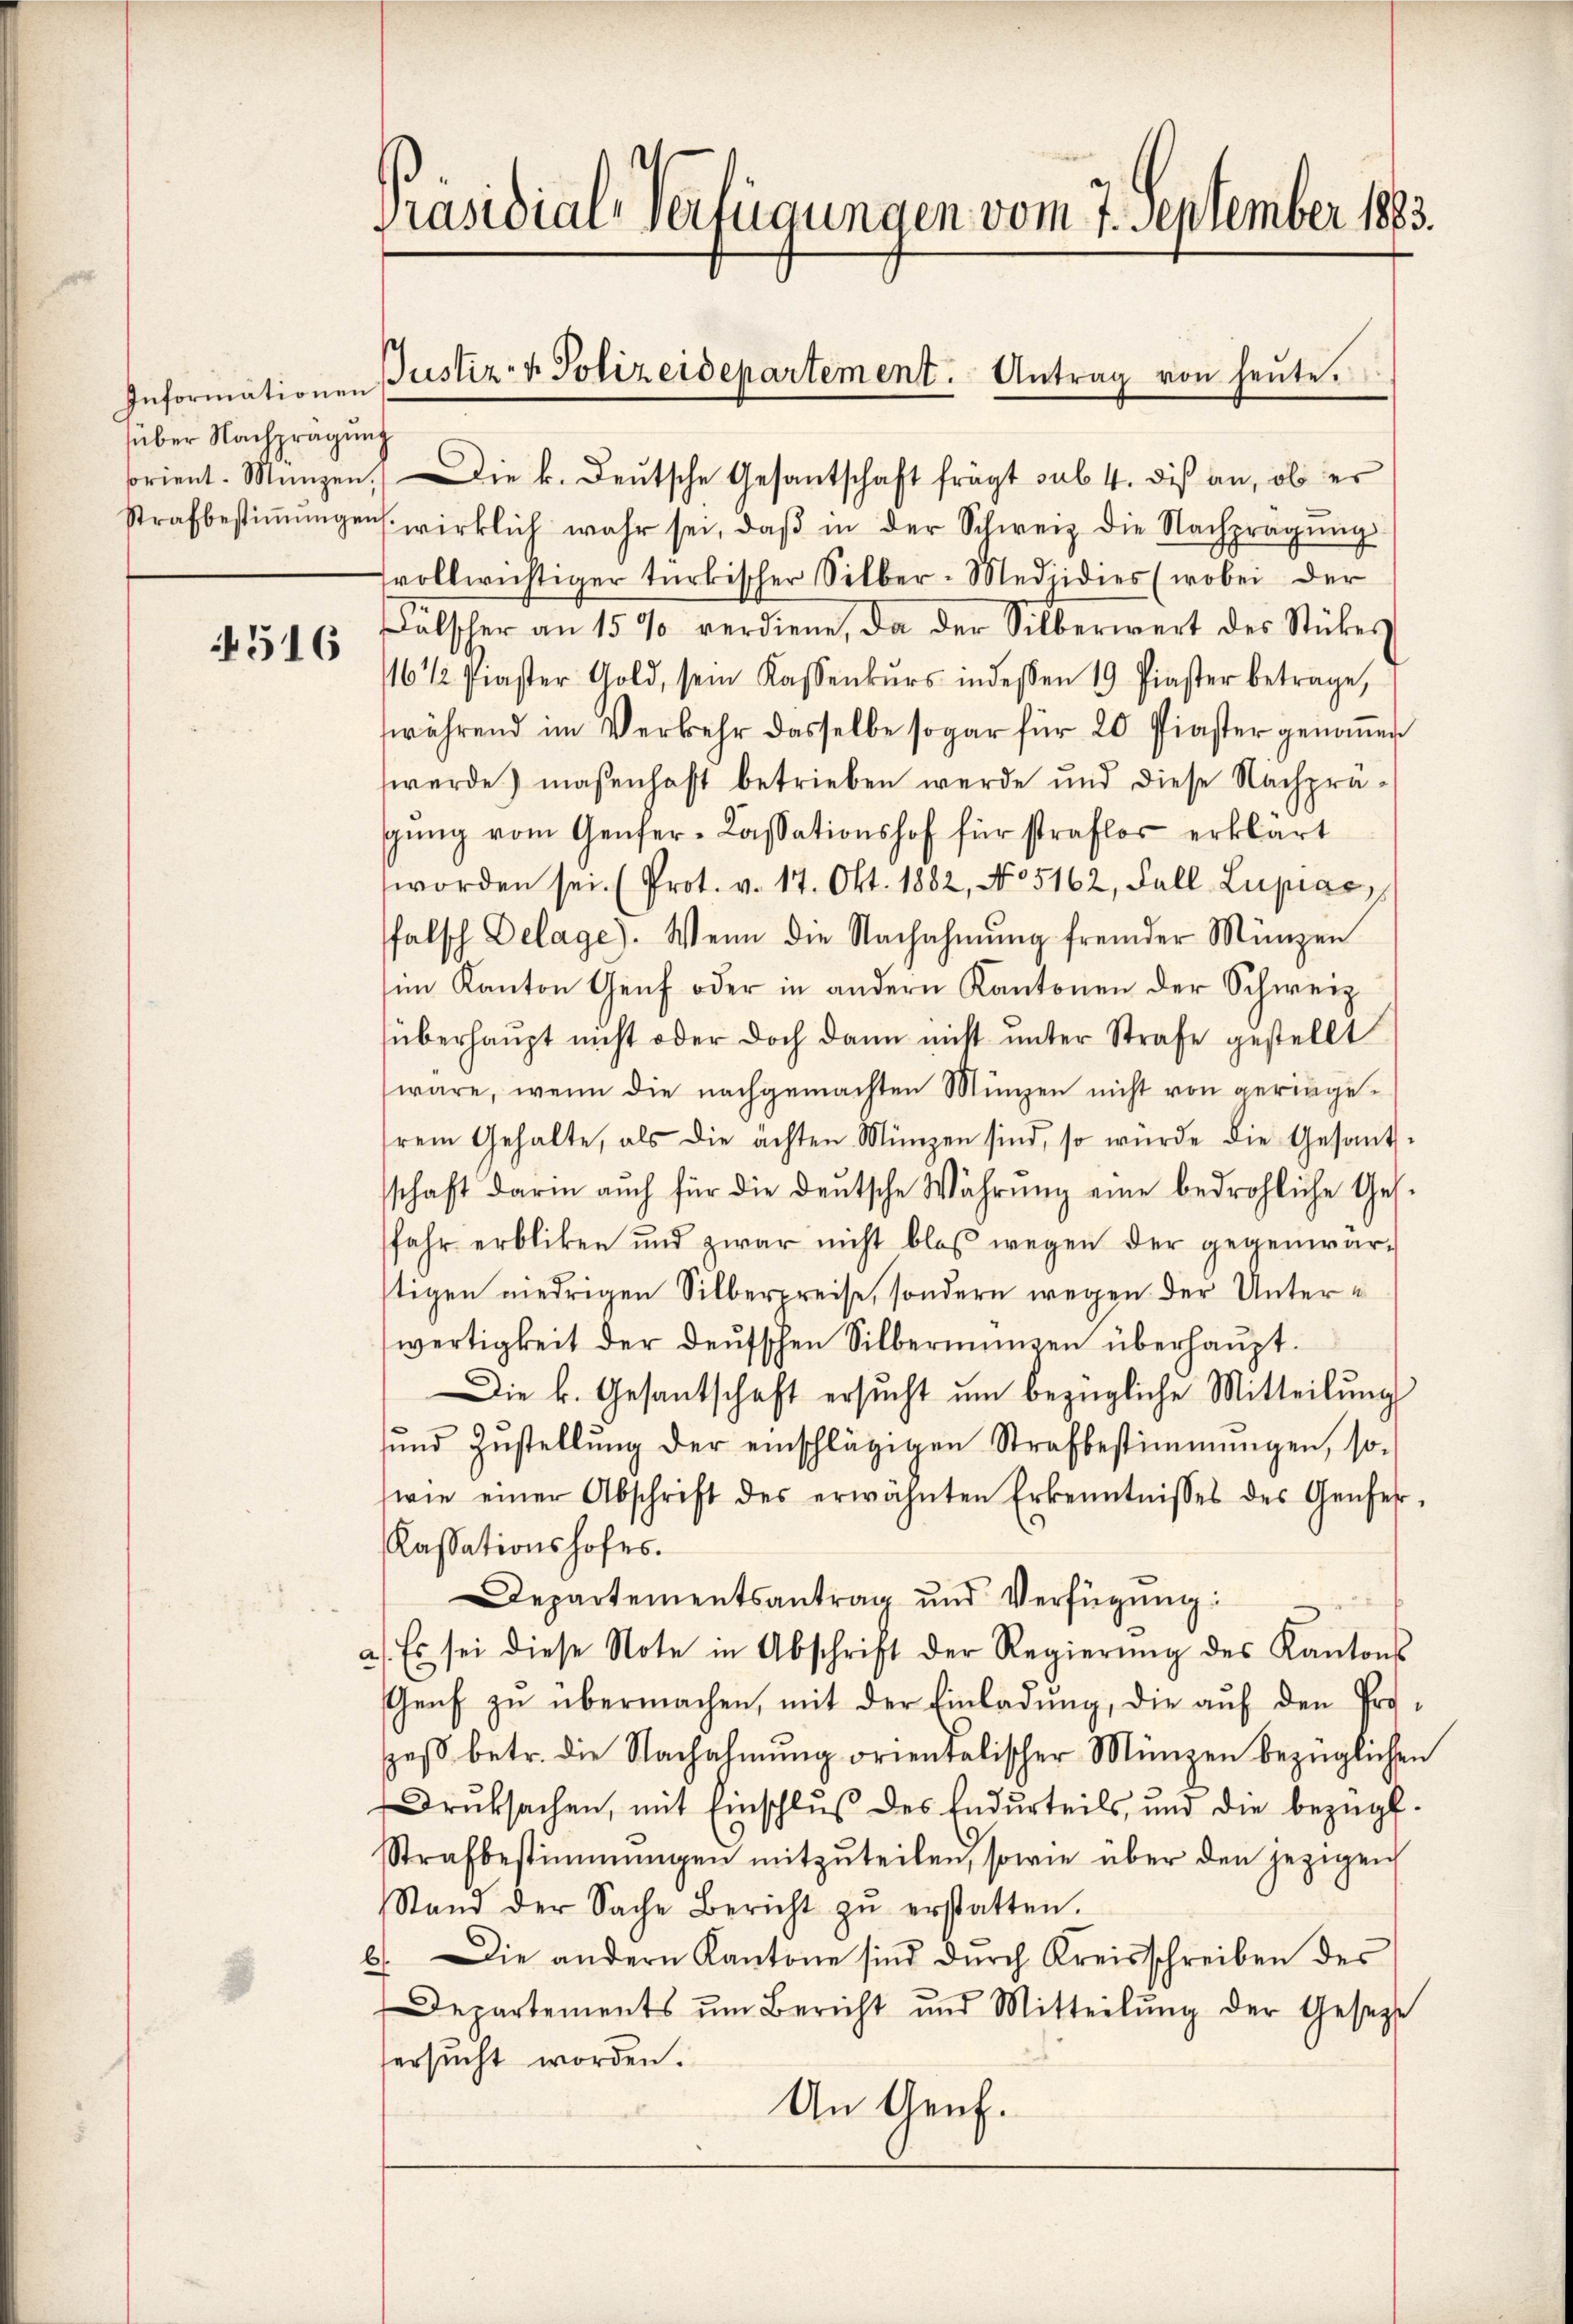
Informationen
süber Nachprägung

4516

Präsidial-Verfügungen vom 7. September 1883.

sorient. Münzen. Die k. deŭtsche Gesantschaft frägt sub 4. di an, ob er
Strafbestiṁŭngen wirklich wahr sei, daβ in der Schweiz die Nachprägŭng
vollwichtiger türkischer Silber-Medzidies (wobei der
alscher an 15 % verdiene, da der Silberwert des Stückes
/16 1/2 Praster Gold, sein Kassenkŭrs indeßen 19 Piaster betrage,
während im Verkehr dasselbe sogar für 20 Piaster genoṁen
werde) maßenhaft betrieben werde und diese Nachpragŭng vom Genfer-Cassationshof für straflos erklärt
worden sei. (Prot. v. 17. Okt. 1882, No 5162, Fall Lupiae,
falsch Delage). Wenn die Nachahmung fremder Münzen
im Kanton Genf oder in andern Kantonen der Schweiz
überhaupt nicht oder doch dann nicht ŭnter Strafe gestellt
wäre, wenn die nachgemachten Münzen nicht von geringerem Gehalte, als die ächten Münzen sind, so würde die Gesant-
schaft darin aŭch für die deŭtsche Wahrŭng eine bedrohliche Ges.
fahr erbliken und zwar nicht bloβ wegen der gegenwär-
tigen niedrigen Silberpreise, sondern wegen der Unterwertigkeit der deŭtschen Silbermangen überhaupt.
Die k. Gesantschaft ersucht um bezügliche Mitteilung
ŭnd Zŭstellŭng der einschlägigen Strafbestimmungen, so-
(wie einer Abschrift des erwähnten Erkenntnisses des Genfer-
Kassationshofes.
Departementsantrag und Verfügŭng:
a). Es sei diese Note in Abschrift der Regierŭng des Kantons
Genf zŭ übermachen, mit der Einladŭng, die auf den Prospeβ betr. die Nachahmung orientalischer Münzen bezüglichen
Druksachen, mit Einschluß des Endurteils, und die bezügl.
Strafbestimmungen mitzŭteilen, sowie über den jezigen
Stand der Sache Bericht zŭ erstatten.
6. Die andern Kantone sind durch Kreisschreiben des
Departements um Bericht und Mitteilŭng der Gesetze
fersucht worden.
An Genf.

s
Justiz- & Polizeidepartement. Antrag von heŭte.